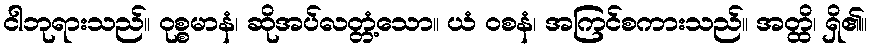
ငါဘုရားသည်။ ဝုစ္စမာနံ၊ ဆိုအပ်လတ္တံ့သော။ ယံ ဝစနံ၊ အကြင်စကားသည်။ အတ္ထိ၊ ရှိ၏။